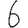
Digit: 6